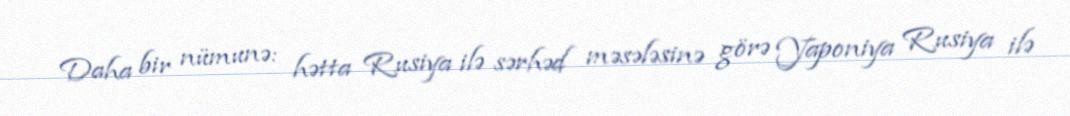
Daha bir nümunə: hətta Rusiya ilə sərhəd məsələsinə görə Yaponiya Rusiya ilə